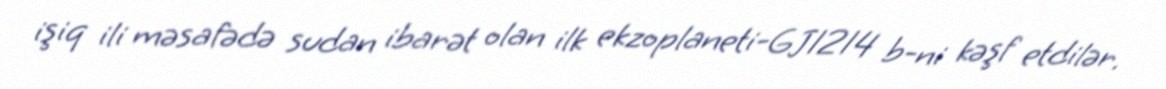
işiq ili məsafədə sudan ibarət olan ilk ekzoplaneti-GJ1214 b-ni kəşf etdilər.